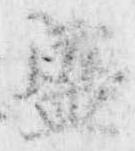
盛